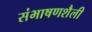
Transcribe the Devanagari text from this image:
संभाषणशैली